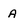
Character: A